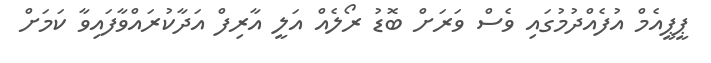
ޕީޕީއެމް އުފެއްދުމުގައި ވެސް ވަރަށް ބޮޑު ރޯލެއް އަލީ އާރިފް އަދާކުރައްވާފައިވާ ކަމަށް